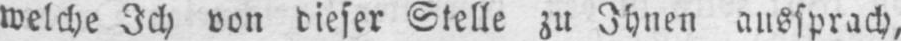
welche Ich von dieser Stelle zu Ihnen aussprach,